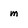
Character: m